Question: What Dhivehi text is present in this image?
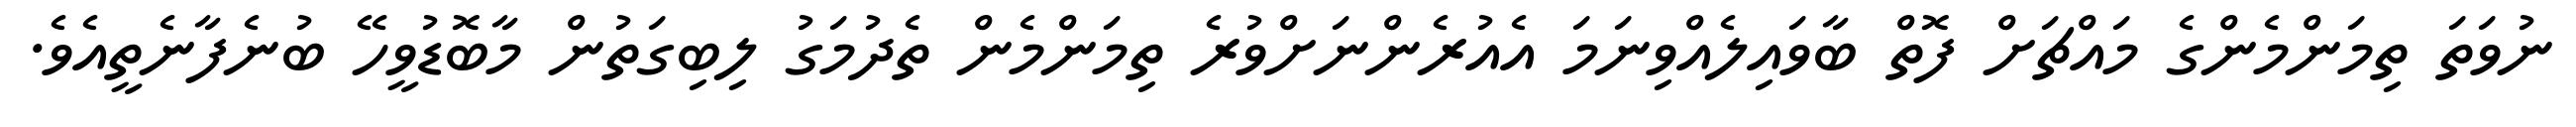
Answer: ނުވަތަ ތިމަންމެންގެ މައްޗަށް ފޮތް ބާވައިލެއްވިނަމަ އެއުރެންނަށްވުރެ ތިމަންމެން ތެދުމަގު ލިބިގަތުން މާބޮޑުވީހޭ ބުނެފާނެތީއެވެ.